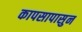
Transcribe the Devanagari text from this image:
कापसापासुन